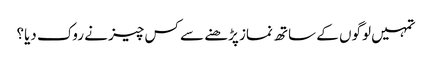
تمہیں لوگوں کے ساتھ نماز پڑھنے سے کس چیز نے روک دیا؟